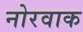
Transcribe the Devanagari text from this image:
नोरवाक